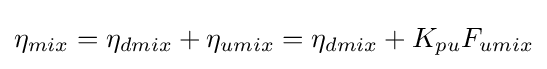
\eta _{mix}=\eta _{dmix}+\eta _{umix}=\eta _{dmix}+K_{pu}F_{umix}